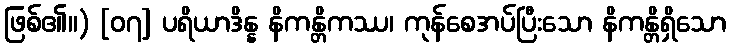
ဖြစ်၏။) [၀၇] ပရိယာဒိန္န နိကန္တိကဿ၊ ကုန်စေအပ်ပြီးသော နိကန္တိရှိသော